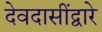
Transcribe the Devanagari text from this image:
देवदासींद्वारे